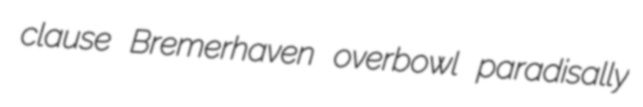
clause Bremerhaven overbowl paradisally